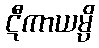
ဋီကာယမ္ပိ